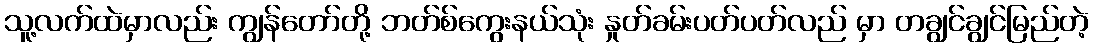
သူ့လက်ထဲမှာလည်း ကျွန်တော်တို့ ဘတ်စ်ကွေးနယ်သုံး နှုတ်ခမ်းပတ်ပတ်လည် မှာ တချွင်ချွင်မြည်တဲ့